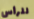
للرأس